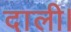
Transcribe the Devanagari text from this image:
दाली।